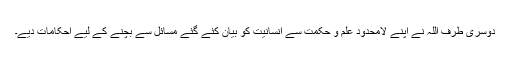
دوسری طرف اللہ نے اپنے لامحدود علم و حکمت سے انسانیت کو بیان کئے گئے مسائل سے بچنے کے لیے احکامات دیے۔